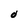
Character: 0